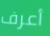
أعرف